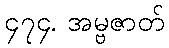
၄၇၄. အမ္ဗဇာတ်